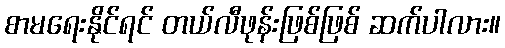
စာမရေးနိုင်ရင် တယ်လီဖုန်းဖြစ်ဖြစ် ဆက်ပါလား။